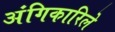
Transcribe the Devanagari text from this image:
अंगिकारिले